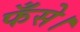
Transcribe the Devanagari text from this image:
फँसे।